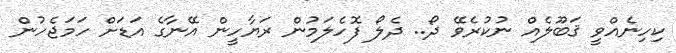
ކިހިނެއްވީ ޤަބޫލެއް ނުކުރެވޭ ދޯ.. ދެލޯ ފޮހެލަމުން ރަޔާހީން އޭނާގެ އަޑަށް ހަމަޖެހުން